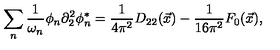
\sum _ { n } \frac { 1 } { \omega _ { n } } \phi _ { n } \partial _ { 2 } ^ { 2 } \phi _ { n } ^ { * } = \frac { 1 } { 4 \pi ^ { 2 } } D _ { 2 2 } ( \vec { x } ) - \frac { 1 } { 1 6 \pi ^ { 2 } } F _ { 0 } ( \vec { x } ) ,